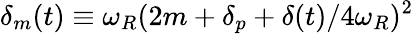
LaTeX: {\delta_{m}(t)\equiv\omega_{R}(2m+\delta_{p}+\delta(t)/4\omega_{R})^{2}}